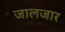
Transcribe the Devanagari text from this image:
जालजार